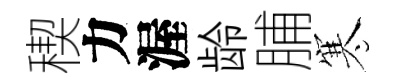
稧力渥龄脯寒